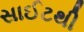
સાઈટથી